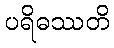
ပရိဓဿတိ